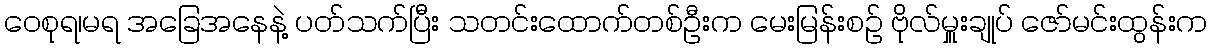
ဝေစုရ၊မရ အခြေအနေနဲ့ ပတ်သက်ပြီး သတင်းထောက်တစ်ဦးက မေးမြန်းစဉ် ဗိုလ်မှူးချုပ် ဇော်မင်းထွန်းက